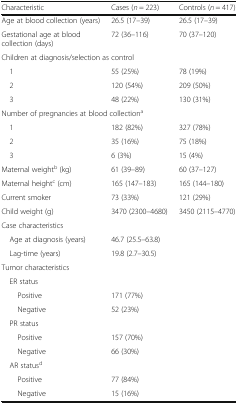
| Characteristic | Cases (n = 223) | Controls (n = 417) |
 | --- | --- | --- |
 | Age at blood collection (years) | 26.5 (17–39) | 26.5 (17–39) |
 | Gestational age at blood collection (days) | 72 (36–116) | 70 (37–120) |
 | <COLSPAN=3> Children at diagnosis/selection as control |
 | 1 | 55 (25%) | 78 (19%) |
 | 2 | 120 (54%) | 209 (50%) |
 | 3 | 48 (22%) | 130 (31%) |
 | <COLSPAN=3> Number of pregnancies at blood collectiona |
 | 1 | 182 (82%) | 327 (78%) |
 | 2 | 35 (16%) | 75 (18%) |
 | 3 | 6 (3%) | 15 (4%) |
 | Maternal weightb (kg) | 61 (39–89) | 60 (37–127) |
 | Maternal heightc (cm) | 165 (147–183) | 165 (144–180) |
 | Current smoker | 73 (33%) | 121 (29%) |
 | Child weight (g) | 3470 (2300–4680) | 3450 (2115–4770) |
 | <COLSPAN=3> Case characteristics |
 | Age at diagnosis (years) | 46.7 (25.5–63.8) | <ROWSPAN=2>  |
 | Lag-time (years) | 19.8 (2.7–30.5) |
 | <COLSPAN=3> Tumor characteristics |
 | <COLSPAN=3> ER status |
 | Positive | 171 (77%) | <ROWSPAN=2>  |
 | Negative | 52 (23%) |
 | <COLSPAN=3> PR status |
 | Positive | 157 (70%) | <ROWSPAN=2>  |
 | Negative | 66 (30%) |
 | <COLSPAN=3> AR statusd |
 | Positive | 77 (84%) | <ROWSPAN=2>  |
 | Negative | 15 (16%) |